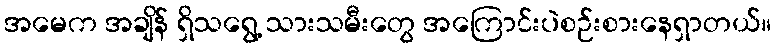
အမေက အချိန် ရှိသရွေ့ သားသမီးတွေ အကြောင်းပဲစဉ်းစားနေရှာတယ်။